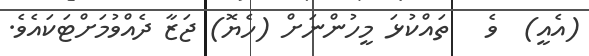
(އެއީ)  ވެ   ތައްކުޅަ މީހުންނަށް (ހެޔޮ) ޖަޒާ ދެއްވުމަށްޓަކައެވެ.